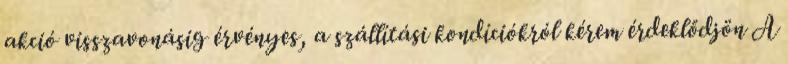
akció visszavonásig érvényes, a szállítási kondíciókról kérem érdeklődjön A